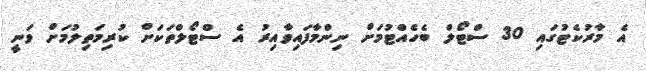
އެ މާރުކެޓުގައި 30 ސްޓޯލް ބެހެއްޓުމަށް ނިންމާފައިވާއިރު އެ ސްޓޯލްތަކަށް ކުރިމަތިލުމަށް ވަނީ